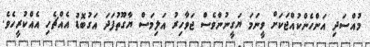
މުއްސަދި އަންހެންކުއްޖަކަށް ވީނަމަ ޔަގީނުންވެސް ޖަވާހިރު އަލިމަސް ޔާގޫތުފަދަ އަގުބޮޑު އެއްޗެހި އެއްކުރީހެވެ.